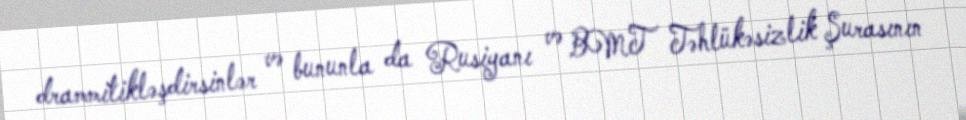
drammitikləşdirsinlər və bununla da Rusiyanı və BMT Təhlükəsizlik Şurasının